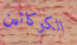
الكوكائين